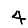
Digit: 4